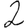
Digit: 2